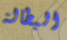
البطالة